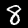
Label: 8